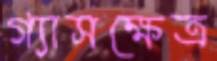
গ্যাসক্ষেত্র